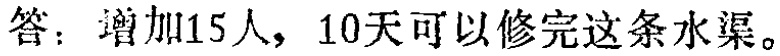
答：增加15人，10天可以修完这条水渠。